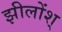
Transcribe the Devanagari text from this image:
झीलोंश्